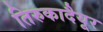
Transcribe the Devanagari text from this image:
तिरुकादैयूर